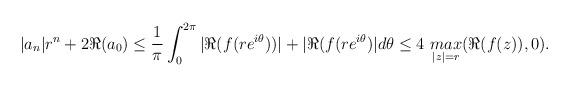
LaTeX: \begin{align*}| a_n| r^n + 2 \Re( a_0 ) \leq \frac{1}{\pi} \int_0^{2 \pi} | \Re( f(r e^{i \theta}) ) | + | \Re( f(r e^{i \theta}) | d\theta \leq 4 \,\, \underset{ |z| = r}{max} (\Re( f(z)), 0 ).\end{align*}